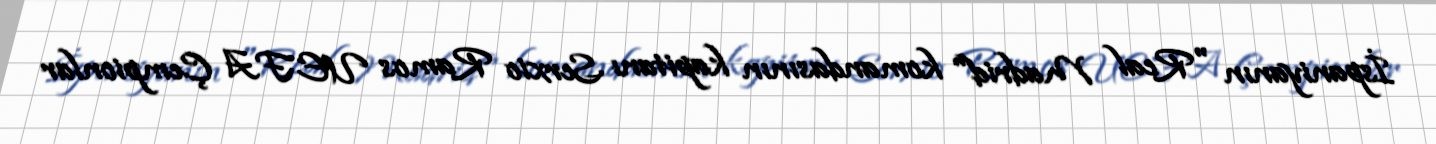
İspaniyanın "Real Madrid" komandasının kapitanı Serxio Ramos UEFA Çempionlar